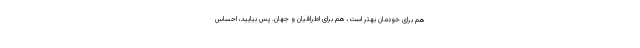
هم برای خودمان بهتر است، هم برای اطرافیان و جهان. پس بیایید، احساس